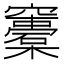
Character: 𥩀